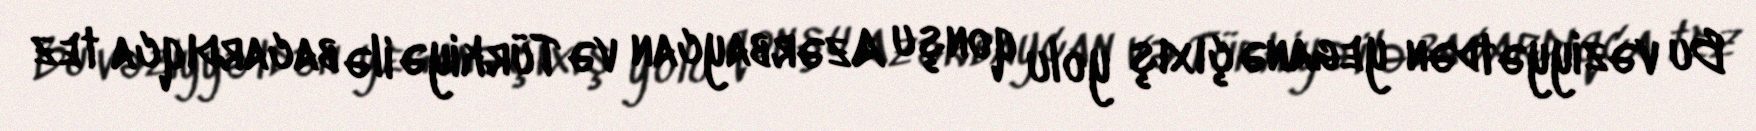
Bu vəziyyətdən yeganə çıxış yolu qonşu Azərbaycan və Türkiyə ilə bacardıqca tez